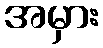
အမှား